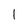
Character: 1